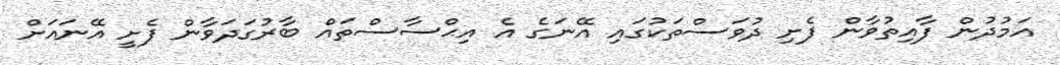
އަމުދުން ފާއިތުވާން ފެށި ދުވަސްތަކުގައި އޭނަގެ އެ އިޙްސާސްތައް ބާރުގަދަވާން ފެށީ އޭނައަށް